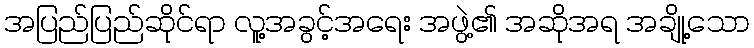
အပြည်ပြည်ဆိုင်ရာ လူ့အခွင့်အရေး အဖွဲ့၏ အဆိုအရ အချို့သော